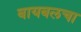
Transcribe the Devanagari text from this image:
बायबलचा